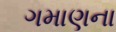
ગમાણના